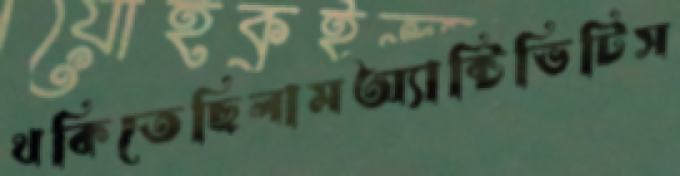
থকিতেছিলামঅ্যাক্টিভিটিস